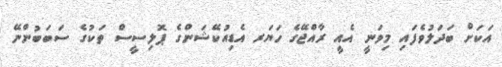
އަކަށް ބަދަލުވެފައި މިވަނީ އެއީ ރާއްޖޭގެ ހަޔަރ އެޑިއުކޭޝަންގެ ޕޮލިސީސް ތަކުގެ ސަބަބުންނޭ